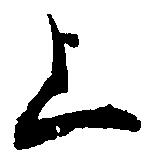
上